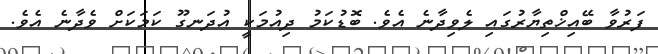
ފަރުވާ ބޭއިޚްތިޔާރުގައި ލެވިދާނެ އެވެ. ބޮޑުކަމު ދިއުމަކީ އުދަނގޫ ކަމަކަށް ވެދާނެ އެވެ.